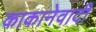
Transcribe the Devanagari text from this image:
काकानेवादी